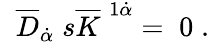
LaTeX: \; \; \overline{{{D}}}_{\dot{\alpha}}\; s\overline{{{K}}}^{\; 1\dot{\alpha}}=\; 0\; .